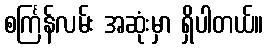
စင်္ကြန်လမ်း အဆုံးမှာ ရှိပါတယ်။